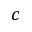
c